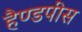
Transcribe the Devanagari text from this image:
हैण्डपीस